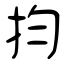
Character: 抣